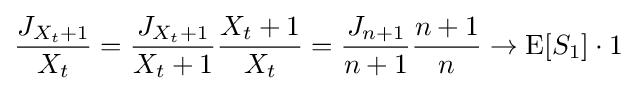
{\frac {J_{X_{t}+1}}{X_{t}}}={\frac {J_{X_{t}+1}}{X_{t}+1}}{\frac {X_{t}+1}{X_{t}}}={\frac {J_{n+1}}{n+1}}{\frac {n+1}{n}}\to \operatorname {E} [S_{1}]\cdot 1